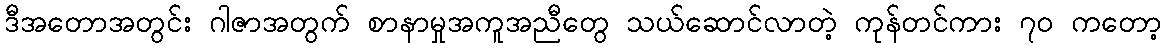
ဒီအတောအတွင်း ဂါဇာအတွက် စာနာမှုအကူအညီတွေ သယ်ဆောင်လာတဲ့ ကုန်တင်ကား ၇၀ ကတော့